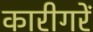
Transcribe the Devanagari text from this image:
कारीगरें